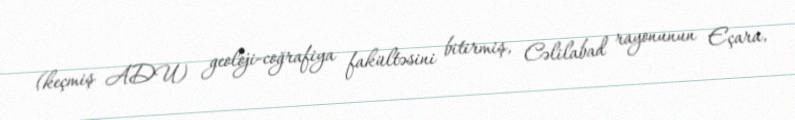
(keçmiş ADU) geoloji-coğrafiya fakültəsini bitirmiş, Cəlilabad rayonunun Eçara,